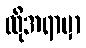
ထိုအရာမှာ